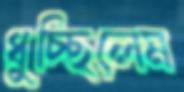
ধুচ্ছিলেম